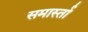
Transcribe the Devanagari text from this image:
समार्स्ता